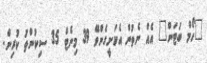
"ހޯމް ބަޓަން" އެއް ނެތުން އެކަށީގެންވޭ 39 މިނެޓް 35 ސިކުންތު ކުރިން.